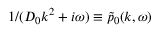
1 / ( D _ { 0 } k ^ { 2 } + i \omega ) \equiv \tilde { p } _ { 0 } ( k , \omega )